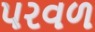
પરવળ